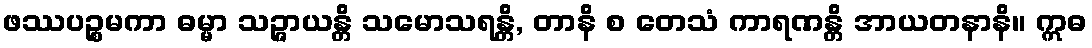
ဖဿပဉ္စမကာ ဓမ္မာ သဉ္ဇာယန္တိ သမောသရန္တိ, တာနိ စ တေသံ ကာရဏန္တိ အာယတနာနိ။ ဣဓ